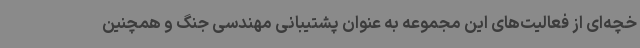
خچه‌ای از فعالیت‌های این مجموعه به عنوان پشتیبانی مهندسی جنگ و همچنین